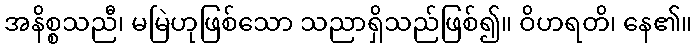
အနိစ္စသညီ၊ မမြဲဟုဖြစ်သော သညာရှိသည်ဖြစ်၍။ ဝိဟရတိ၊ နေ၏။